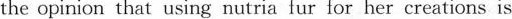
the opinion that using nutria fur for her creations is